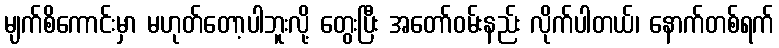
မျက်စိကောင်းမှာ မဟုတ်တော့ပါဘူးလို့ တွေးပြီး အတော်ဝမ်းနည်း လိုက်ပါတယ်၊ နောက်တစ်ရက်